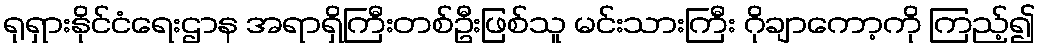
ရုရှားနိုင်ငံရေးဌာန အရာရှိကြီးတစ်ဦးဖြစ်သူ မင်းသားကြီး ဂိုချာကော့ကို ကြည့်၍